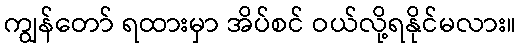
ကျွန်တော် ရထားမှာ အိပ်စင် ဝယ်လို့ရနိုင်မလား။